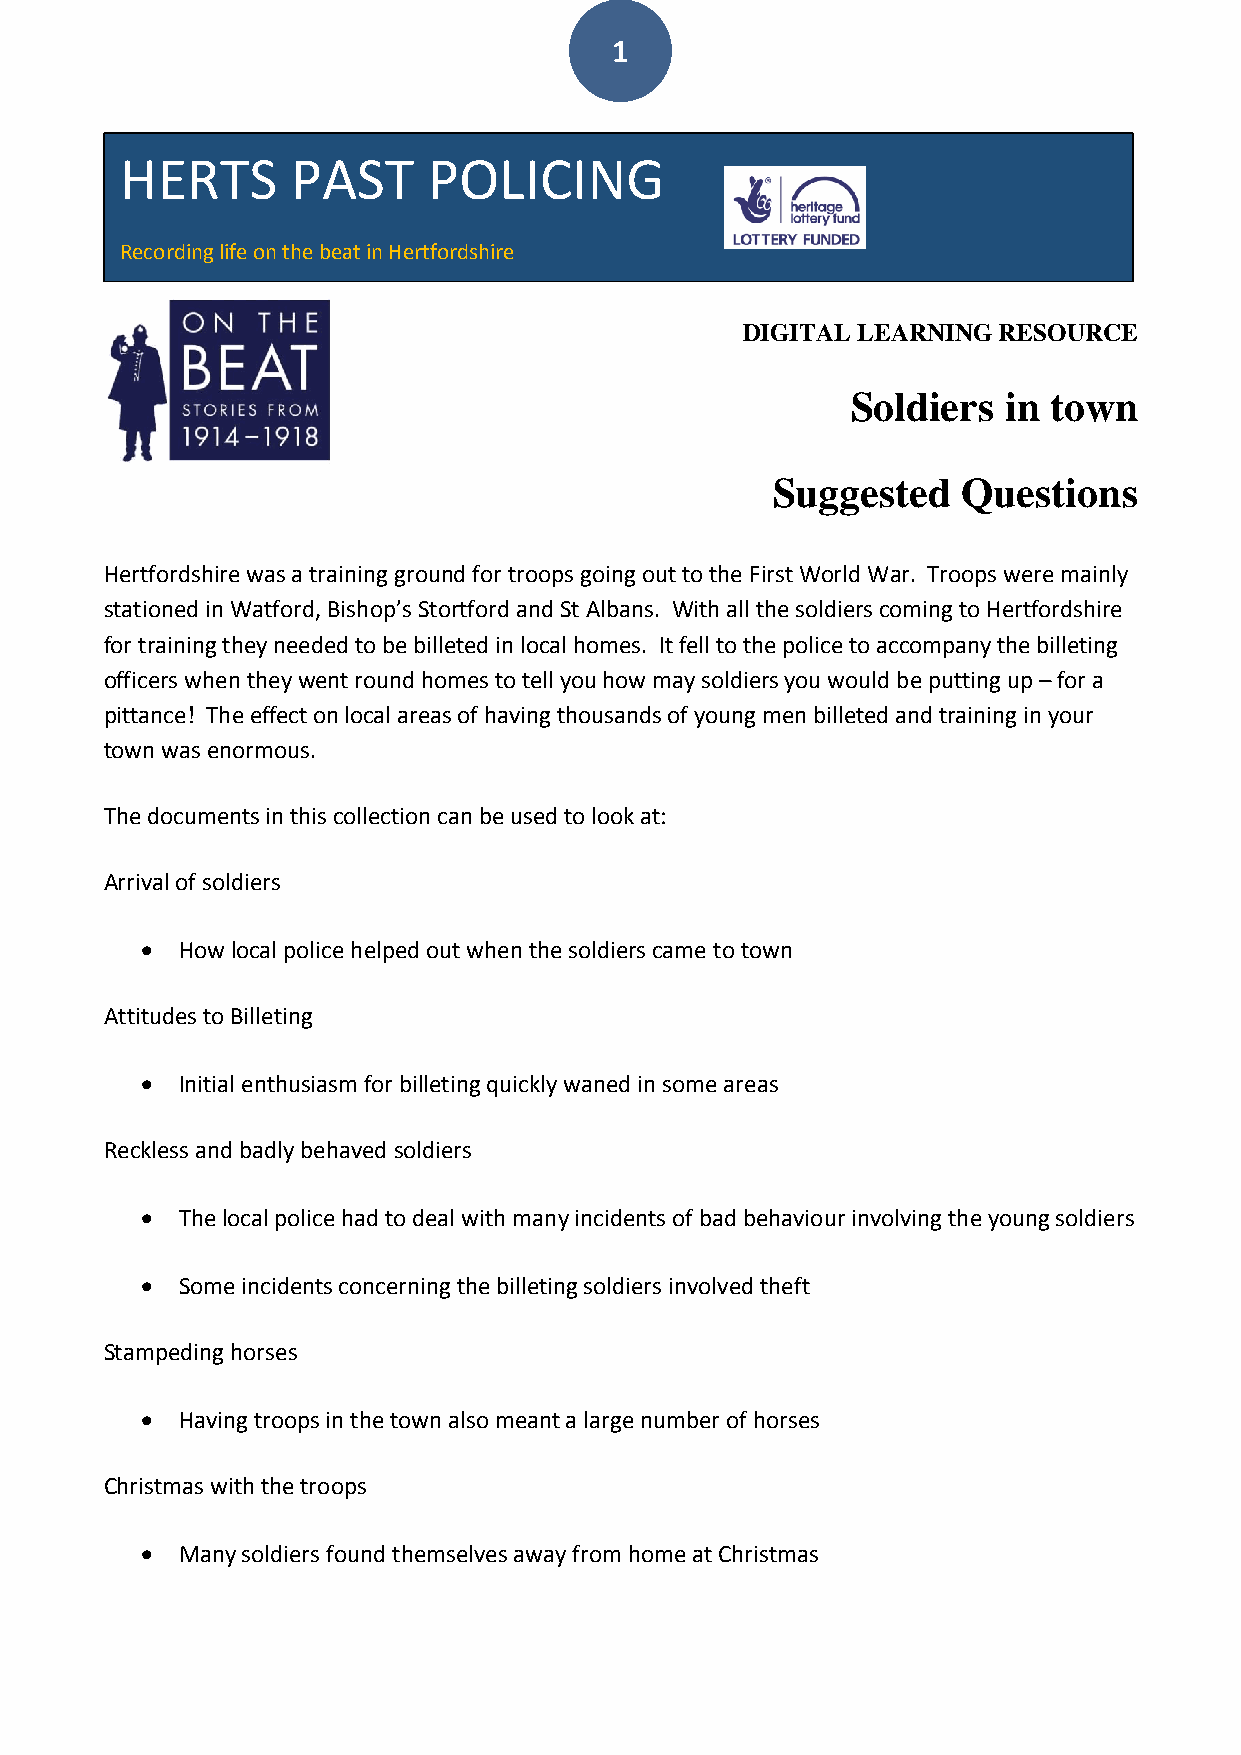
1
 HERTS      PAST     POLICING
 Recording life on the beat in Hertfordshire
 DIGITAL LEARNING RESOURCE
 Soldiers  in town
 Suggested    Questions
 Hertfordshire was a training ground for troops going out to the First World War. Troops were mainly
 stationed in Watford, Bishop’s Stortford and St Albans. With all the soldiers coming to Hertfordshire
 for training they needed to be billeted in local homes. It fell to the police to accompany the billeting
 officers when they went round homes to tell you how may soldiers you would be putting up – for a
 pittance! The effect on local areas of having thousands of young men billeted and training in your
 town was enormous.
 The documents in this collection can be used to look at:
 Arrival of soldiers
   How local police helped out when the soldiers came to town
 Attitudes to Billeting
   Initial enthusiasm for billeting quickly waned in some areas
 Reckless and badly behaved soldiers
   The local police had to deal with many incidents of bad behaviour involving the young soldiers
   Some incidents concerning the billeting soldiers involved theft
 Stampeding horses
   Having troops in the town also meant a large number of horses
 Christmas with the troops
   Many soldiers found themselves away from home at Christmas